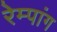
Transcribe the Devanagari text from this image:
रेम्पांग